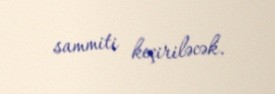
sammiti keçiriləcək.